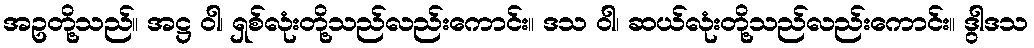
အဥတို့သည်။ အဋ္ဌ ဝါ၊ ရှစ်လုံးတို့သည်လည်းကောင်း။ ဒသ ဝါ၊ ဆယ်လုံးတို့သည်လည်းကောင်း။ ဒွါဒသ